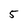
Character: 5